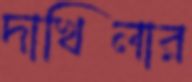
দাখিলার